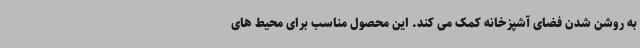
به روشن شدن فضای آشپزخانه کمک می کند. این محصول مناسب برای محیط های